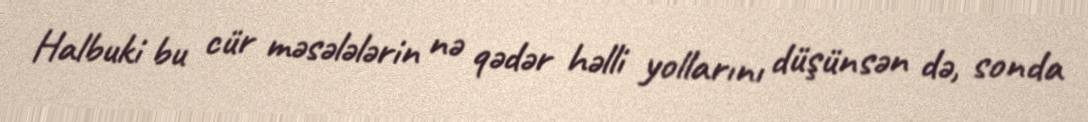
Halbuki bu cür məsələlərin nə qədər həlli yollarını düşünsən də, sonda